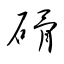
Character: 磆